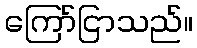
ကြော်ငြာသည်။